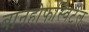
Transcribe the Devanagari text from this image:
बानहोफस्विर्टेल